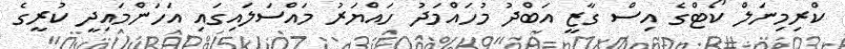
ކްރިމިނަލް ކޯޓްގެ އިސް ގާޒީ އަބްދު މުހައްމަދު ހައްޔަރު މައްސަލައިގައި އަހަންމައިދީ ކުރީގެ